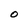
Character: O